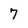
Character: 7